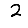
Digit: 2